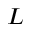
L